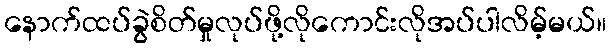
နောက်ထပ်ခွဲစိတ်မှုလုပ်ဖို့လိုကောင်းလိုအပ်ပါလိမ့်မယ်။